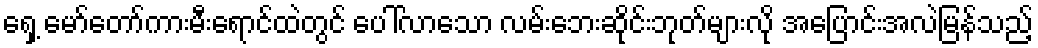
ရှေ့ မော်တော်ကားမီးရောင်ထဲတွင် ပေါ်လာသော လမ်းဘေးဆိုင်းဘုတ်များလို အပြောင်းအလဲမြန်သည့်